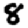
Digit: 8